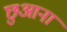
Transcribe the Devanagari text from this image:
छुआना